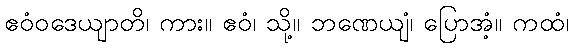
ဧဝံဝဒေယျာတိ၊ ကား။ ဧဝံ၊ သို့။ ဘဏေယျံ၊ ပြောအံ့။ ကထံ၊